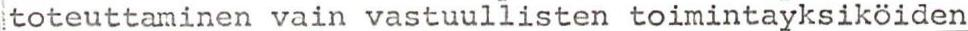
toteuttaminen vain vastuullisten toimintayksiköiden